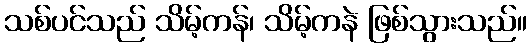
သစ်ပင်သည် သိမ့်ကန်၊ သိမ့်ကနဲ ဖြစ်သွားသည်။